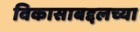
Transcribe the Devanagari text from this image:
विकासाबद्दलच्या